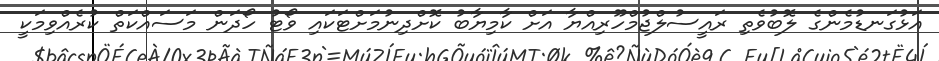
އަޅުގަނޑުމެންގެ ލޮބުވެތި ރައީސުލްޖުމްހޫރިއްޔާ އަށް ކާމިޔާބު ކޮށްދިނުމަށްޓަކައި ވޯޓު ހޯދަން މަސައްކަތް ކުރެއްވިމަކީ